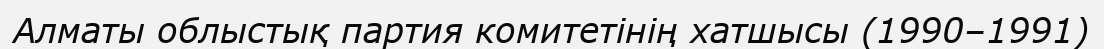
Алматы облыстық партия комитетінің хатшысы (1990–1991)